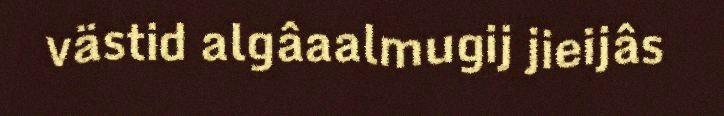
västid algâaalmugij jieijâs